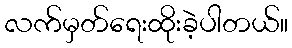
လက်မှတ်ရေးထိုးခဲ့ပါတယ်။